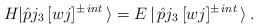
\begin{align*}H|\hat{p}j_{3}\,[wj]^{\pm\, int}\,\rangle=E\,|\,\hat{p}j_{3}\,[wj]^{\pm\, int }\,\rangle \, .\end{align*}